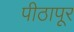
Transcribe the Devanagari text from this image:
पीठापूर